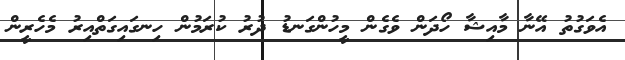
އެވަގުތު އޭނާ މާއިޝާ ހޯދަން ވެގެން މީހުންގަނޑު ދުރު ކުރަމުން ހިނގައިގަތްއިރު މެހެރީން